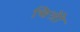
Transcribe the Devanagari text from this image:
चित्रोें